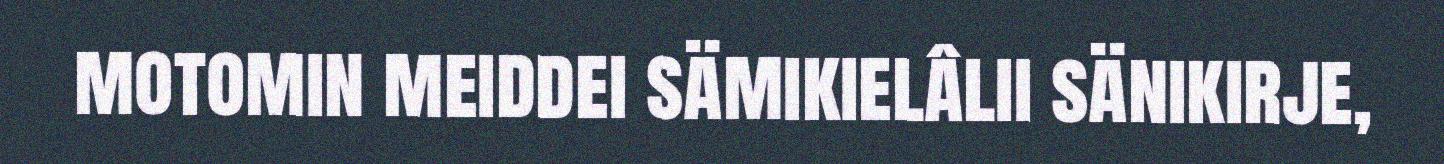
motomin meiddei sämikielâlii sänikirje,